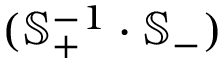
( \mathbb { S } _ { + } ^ { - 1 } \cdot \mathbb { S } _ { - } )